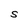
Character: S